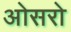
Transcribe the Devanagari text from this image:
ओसरो